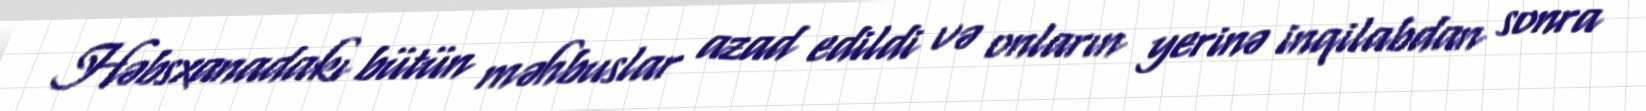
Həbsxanadakı bütün məhbuslar azad edildi və onların yerinə inqilabdan sonra